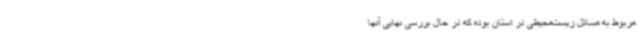
مربوط به مسائل زیست‌محیطی در استان بوده که در حال بررسی نهایی آنها